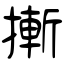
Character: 摲